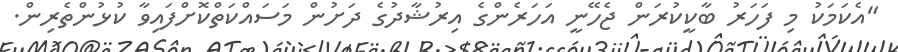
"އެކަމަކު މި ފަހަރު ބާކީކުރަން ޖެހޭނީ އަހަރެންގެ އިރުޝާދުގެ ދަށުން މަސައްކަތްކޮށްފައިވާ ކުޅުންތެރިން.